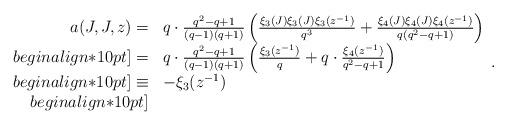
LaTeX: \begin{align*}\begin{array}{rl}a(J,J,z)= & q\cdot\frac{q^2-q+1}{(q-1)(q+1)}\left( \frac{\xi_3(J)\xi_3(J)\xi_3(z^{-1})}{q^3} + \frac{\xi_4(J)\xi_4(J)\xi_4(z^{-1})}{q(q^2-q+1)}\right)\\begin{align*}10pt]=& q\cdot\frac{q^2-q+1}{(q-1)(q+1)}\left(\frac{\xi_3(z^{-1})}{q}+q\cdot\frac{\xi_4(z^{-1})}{q^2-q+1}\right)\\begin{align*}10pt]\equiv & -\xi_3(z^{-1})\\begin{align*}10pt]\end{array}.\end{align*}